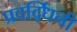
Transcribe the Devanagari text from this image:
प्रवर्द्धिनी